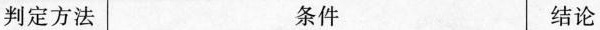
判定方法 条件 结论